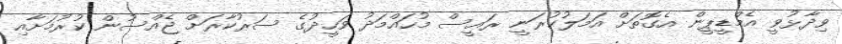
ވިދާޅުވީ އެމްޑީޕީން އެގޮތަށް އަމަލުކުރަނީ ރައީސް މުހައްމަދު ވަހީދުގެ ސަރުކާރަށް ޖެއްސުން ކުރުމަށާއި